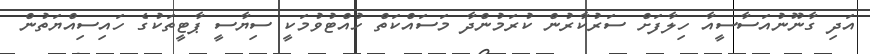
އަދި ގާނޫނުއަސާސީއާ ހިލާފަށް ސަރުކާރުން ކުރަމުންދާ މަސައްކަތް ހުއްޓުވުމަކީ ސިޔާސީ ޕާޓީތަކުގެ ހައިސިއްޔަތުން